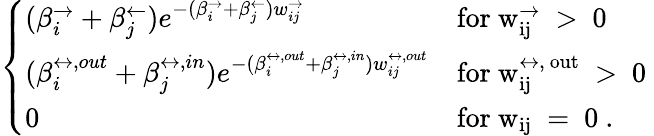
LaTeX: \left\{ \begin{array}{ll}{(\beta_{i}^{\rightarrow}+\beta_{j}^{\leftarrow})e^{-(\beta_{i}^{\rightarrow}+\beta_{j}^{\leftarrow})w_{ij}^{\rightarrow}}}&{\mathrm{for~w_{ij}^{\rightarrow}~>~0~}}\\ {(\beta_{i}^{\leftrightarrow,out}+\beta_{j}^{\leftrightarrow,in})e^{-(\beta_{i}^{\leftrightarrow,out}+\beta_{j}^{\leftrightarrow,in})w_{ij}^{\leftrightarrow,out}}}&{\mathrm{for~w_{ij}^{\leftrightarrow,~out}~>~0~}}\\ {0}&{\mathrm{for~w_{ij}~=~0~}.}\end{array}\right.